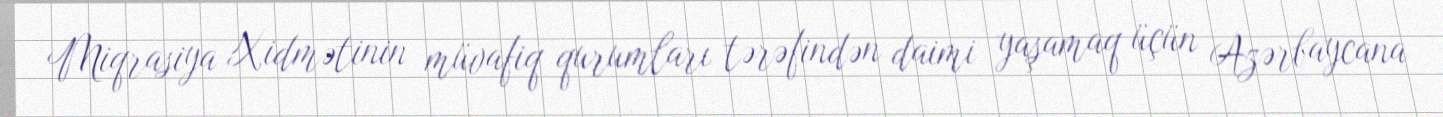
Miqrasiya Xidmətinin müvafiq qurumları tərəfindən daimi yaşamaq üçün Azərbaycana